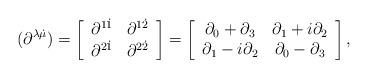
LaTeX: \begin{align*}(\partial^{\lambda\dot{\mu}})=\left[\begin{array}{cc}\partial^{1\dot{1}} & \partial^{1\dot{2}} \\\partial^{2\dot{1}} & \partial^{2\dot{2}}\end{array}\right]=\left[\begin{array}{cc}\partial_{0}+\partial_{3} & \partial_{1}+i\partial_{2} \\\partial_{1}-i\partial_{2} & \partial_{0}-\partial_{3}\end{array}\right],\end{align*}